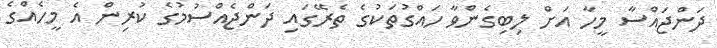
ދަންޖައްސާ މީހާ އަށް ލިބިގެންވާ ހައްގުތަކުގެ ތެރޭގައި ދަންޖެއްސުމުގެ ކުރިން އެ މީހެއްގެ